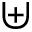
\uplus